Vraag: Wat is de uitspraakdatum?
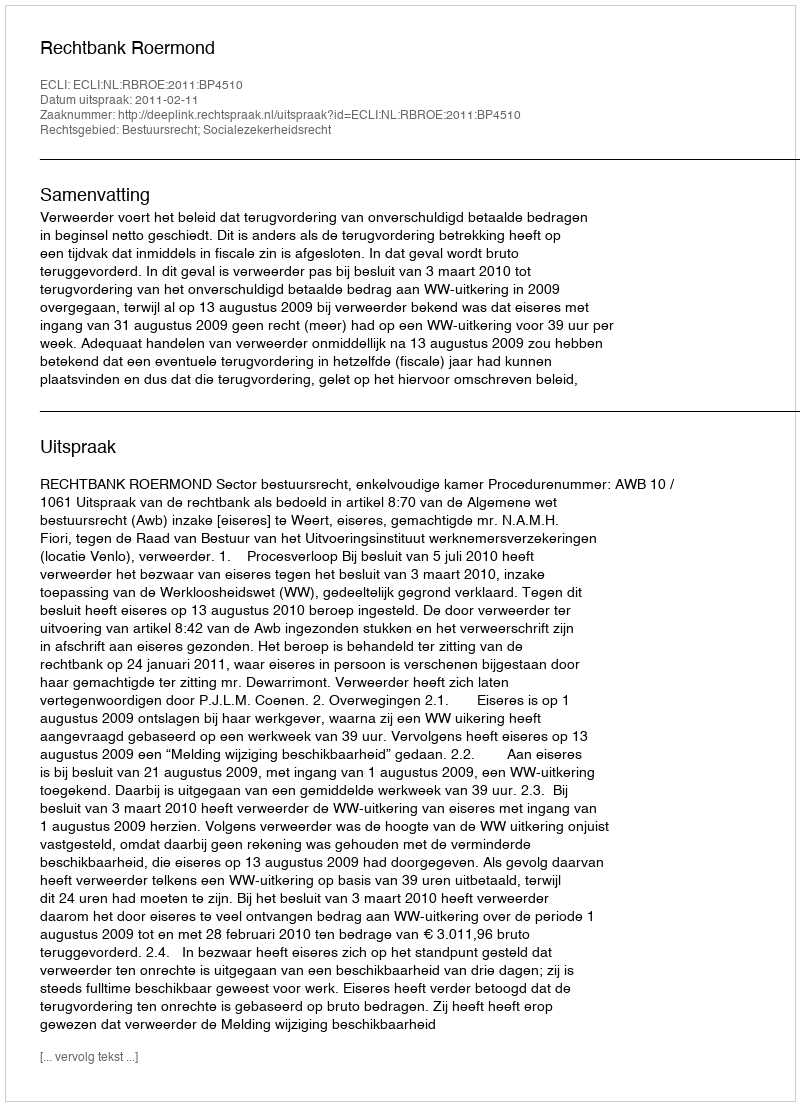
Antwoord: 2011-02-11